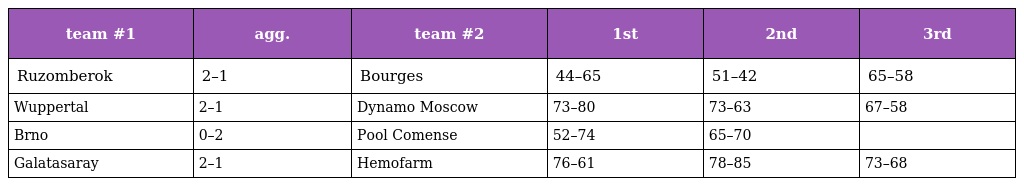
| team #1 | agg. | team #2 | 1st | 2nd | 3rd |
 | --- | --- | --- | --- | --- | --- |
 | Ruzomberok | 2–1 | Bourges | 44–65 | 51–42 | 65–58 |
 | Wuppertal | 2–1 | Dynamo Moscow | 73–80 | 73–63 | 67–58 |
 | Brno | 0–2 | Pool Comense | 52–74 | 65–70 |  |
 | Galatasaray | 2–1 | Hemofarm | 76–61 | 78–85 | 73–68 |